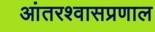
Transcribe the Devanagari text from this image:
आंतरश्वासप्रणाल